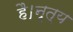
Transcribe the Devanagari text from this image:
है।नृत्य